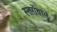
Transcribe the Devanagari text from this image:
स्तरोंवाले